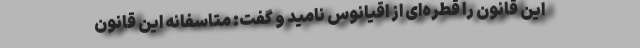
این قانون را قطره‌ای از اقیانوس نامید و گفت: متاسفانه این قانونِ